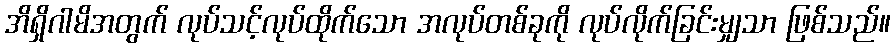
အိရှိဂါမိအတွက် လုပ်သင့်လုပ်ထိုက်သော အလုပ်တစ်ခုကို လုပ်လိုက်ခြင်းမျှသာ ဖြစ်သည်။